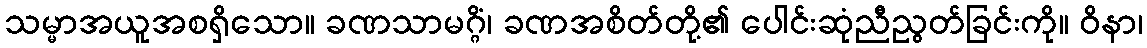
သမ္မာအယူအစရှိသော။ ခဏသာမဂ္ဂိံ၊ ခဏအစိတ်တို့၏ ပေါင်းဆုံညီညွတ်ခြင်းကို။ ဝိနာ၊